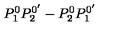
P _ { 1 } ^ { 0 } P _ { 2 } ^ { 0 ^ { \prime } } - P _ { 2 } ^ { 0 } P _ { 1 } ^ { 0 ^ { \prime } }